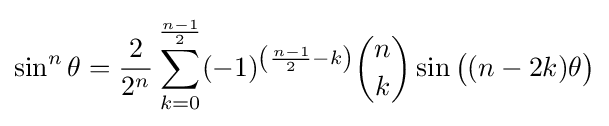
\sin ^{n}\theta ={\frac {2}{2^{n}}}\sum _{k=0}^{\frac {n-1}{2}}(-1)^{\left({\frac {n-1}{2}}-k\right)}{\binom {n}{k}}\sin {{\big (}(n-2k)\theta {\big )}}